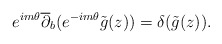
\begin{align*} e^{im\theta}\overline\partial_b(e^{-im\theta}\tilde g(z))=\delta(\tilde g(z)).\end{align*}